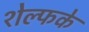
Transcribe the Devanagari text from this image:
शेल्फके